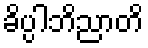
ခိပ္ပါဘိညာတိ